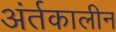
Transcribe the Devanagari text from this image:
अंर्तकालीन